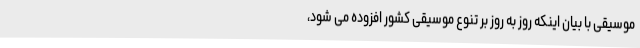
موسیقی با بیان اینکه روز به روز بر تنوع موسیقی کشور افزوده می شود،